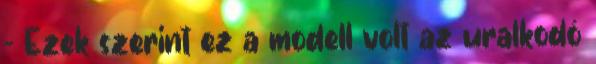
- Ezek szerint ez a modell volt az uralkodó